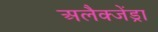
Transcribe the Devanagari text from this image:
अलैक्जेंड्रा